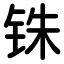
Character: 铢